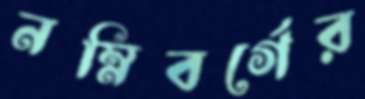
নম্নিবর্গের